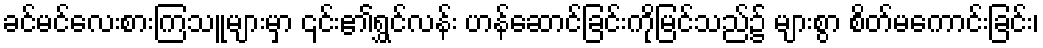
ခင်မင်လေးစားကြသူများမှာ ၎င်း၏ရွှင်လန်း ဟန်ဆောင်ခြင်းကိုမြင်သည်၌ များစွာ စိတ်မကောင်းခြင်း၊